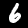
Label: 6